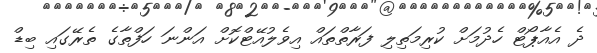
ދެ އެއާޕޯޓް ހެދުމަށް ކުރިމަތިލި ފަރާތްތައް އިވެލުއޭޓްކޮށް އަންނަ ހަފްތާގެ ތެރޭގައި ބިޑް